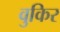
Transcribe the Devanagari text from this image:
वुकिर